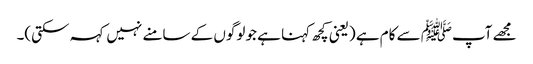
مجھے آپﷺ سے کام ہے (یعنی کچھ کہنا ہے جو لوگوں کے سامنے نہیں کہہ سکتی)۔